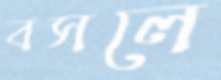
বসলে